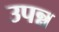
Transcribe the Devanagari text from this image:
उपन्न